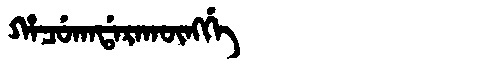
Manchu: ᡥᠠᠴᡠᡴᠠᡩᠠᡵᠠᡴᡡᠩᡤᡝ
Romanization: HACUKADARAKŪNGGE